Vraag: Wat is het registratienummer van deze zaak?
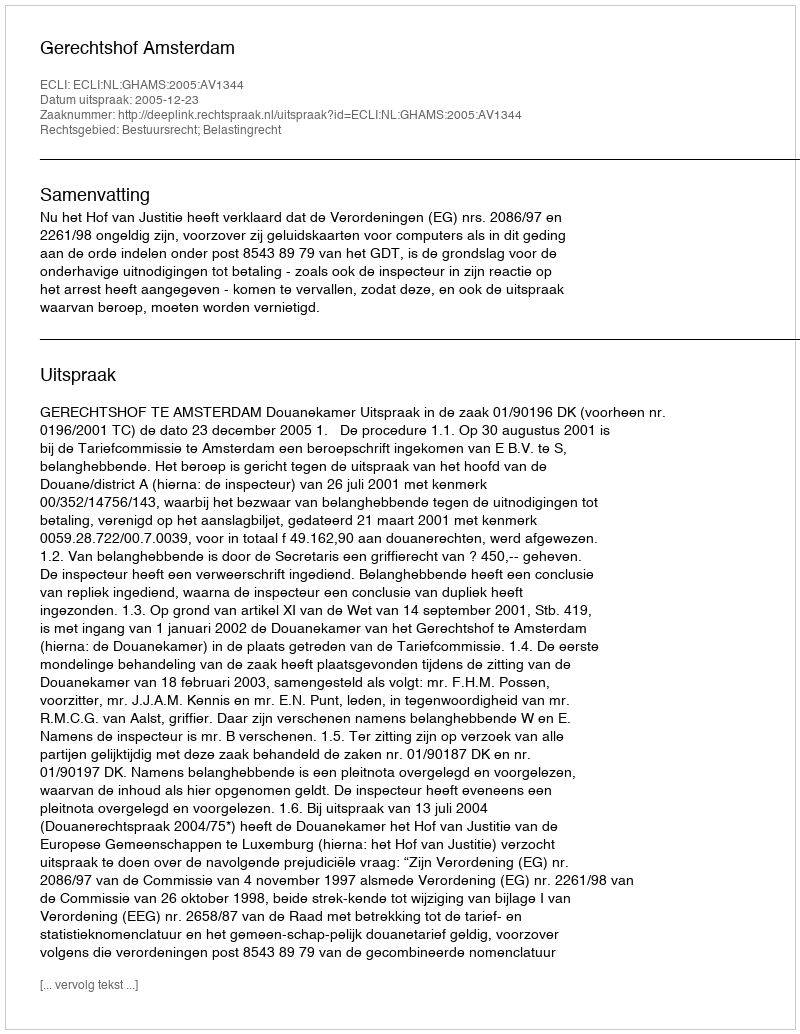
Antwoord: http://deeplink.rechtspraak.nl/uitspraak?id=ECLI:NL:GHAMS:2005:AV1344